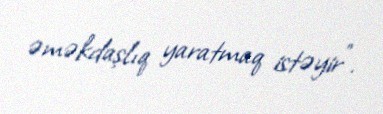
əməkdaşlıq yaratmaq istəyir”.